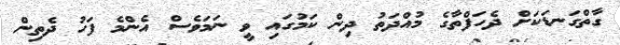
ގާތްގަނޑަކަށް ދެހަފްތާގެ މުއްދަތު ދިިން ކަމުގައި ވީ ނަމަވެސް އެންމެ ފަހު ދެތިން